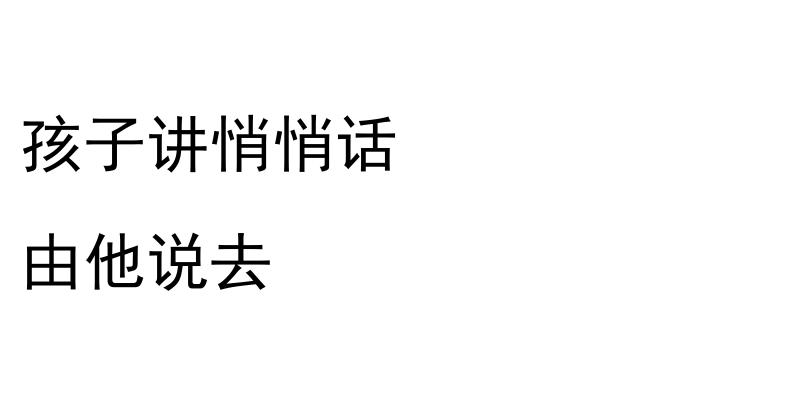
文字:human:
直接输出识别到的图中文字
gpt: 孩子讲悄悄话 由他说去